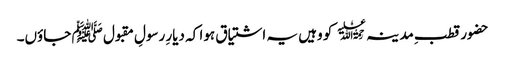
حضور قطبِ مد ینہ﷫ کو وہیں یہ اشتیاق ہوا کہ دیارِ رسولِ مقبول ﷺ جاؤں۔